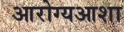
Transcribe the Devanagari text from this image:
आरोग्यआशा